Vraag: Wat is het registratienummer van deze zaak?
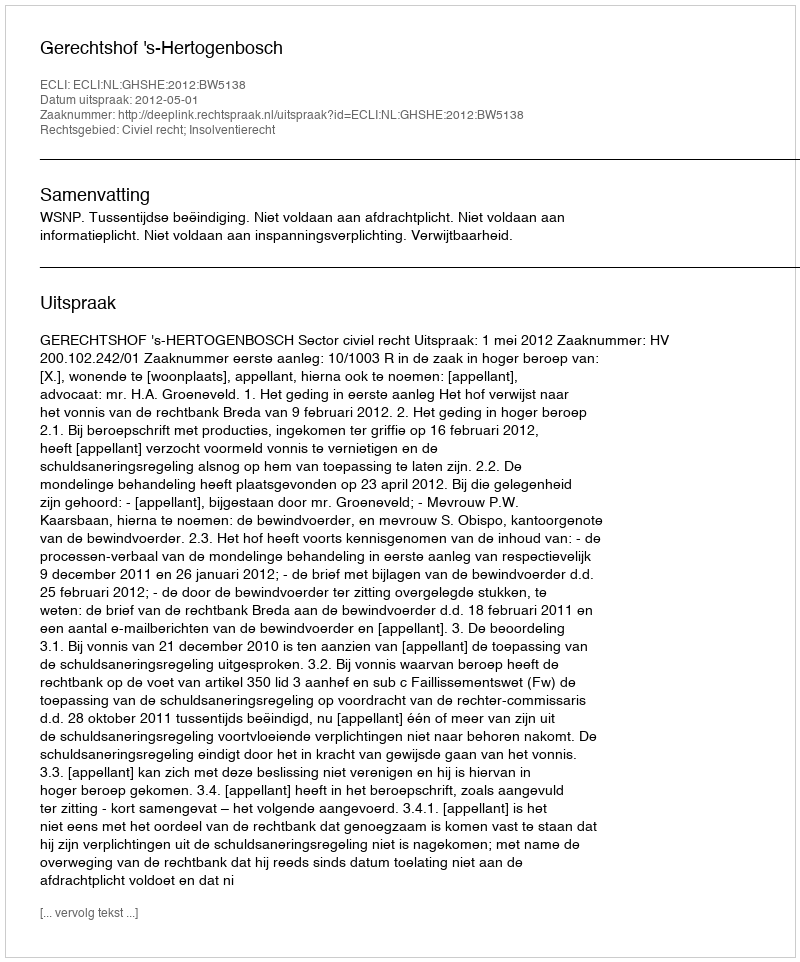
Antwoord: http://deeplink.rechtspraak.nl/uitspraak?id=ECLI:NL:GHSHE:2012:BW5138